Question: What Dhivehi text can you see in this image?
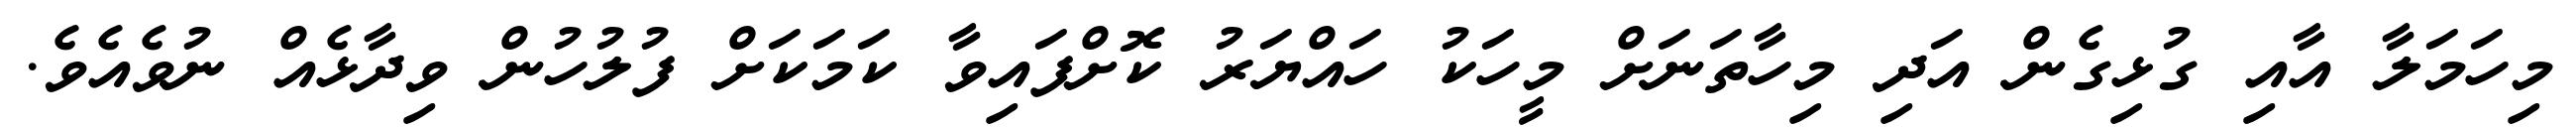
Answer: މިހަމަލާ އާއި ގުޅިގެން އަދި މިހާތަނަށް މީހަކު ހައްޔަރު ކޮށްފައިވާ ކަމަކަށް ފުލުހުން ވިދާޅެއް ނުވެއެވެ.